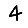
Digit: 4